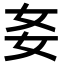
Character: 㚣